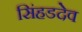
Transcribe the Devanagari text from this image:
सिंहडदेव